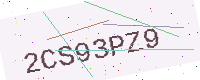
Text: 2CS93PZ9